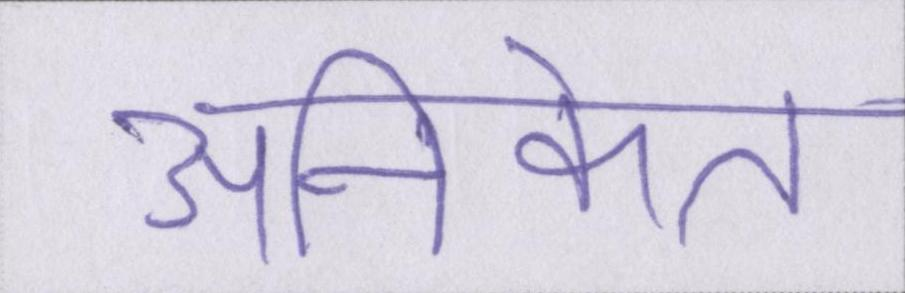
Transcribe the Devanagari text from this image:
अनिकेत